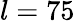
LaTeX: l=75